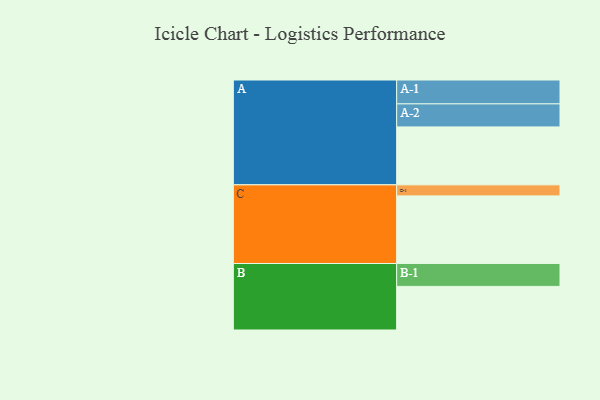
{"axis": {"x": "Segment", "y": "Value"}, "legend": ["", "A", "B", "C"], "data": [{"x": "A", "y": 420, "type": ""}, {"x": "B", "y": 316, "type": ""}, {"x": "C", "y": 490, "type": ""}, {"x": "A-1", "y": 173, "type": "A"}, {"x": "A-2", "y": 167, "type": "A"}, {"x": "B-1", "y": 166, "type": "B"}, {"x": "C-1", "y": 80, "type": "C"}]}